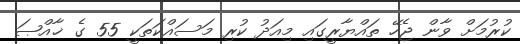
ކުރުމަށް ވާން ޖެހޭ ތައްޔާރީގައި މިއަދު ކުރި މަސައްކަތަކީ 55 ގެ ޚާއްޞަ